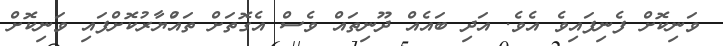
ވަނިކޮށް ފެނިފައިވެ އެވެ. އަދި ބައެއް ދޫނިތައް ވެސް އެގޮތަށް ތައްުޔާރުކޮށްފައި ވަނިކޮށް